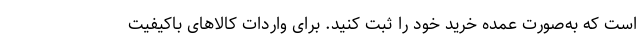
است که به‌صورت عمده خرید خود را ثبت کنید. برای واردات کالاهای باکیفیت